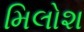
મિલોશ